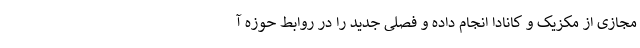
مجازی از مکزیک و کانادا انجام داده و فصلی جدید را در روابط حوزه آ